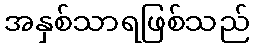
အနှစ်သာရဖြစ်သည်